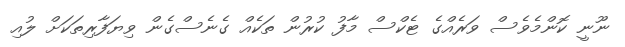
ނޫނީ ކޮންމެވެސް ވަރެއްގެ ޓެކްސް މާފު ކުރުން ތަކެއް ގެނެސްގެން ވިޔަފާރިތަކަށް ލުއި